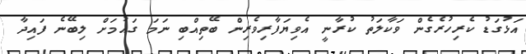
އަޅުގަޑު ކެރިހުރެގެން ވަކާލަތު ކުރާނީ އެވިޔަފާރިވެރިން ބޭތިއްބި ނަމަ ގައުމަށް ލިބޭނެ ފައިދާ